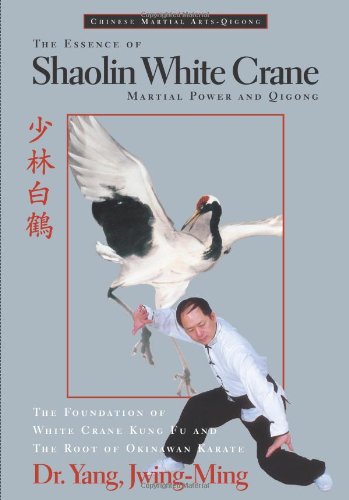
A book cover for The Essence of Shaolin White Crane--Martial Power and Qigong; Yang Jwing-Ming; Health, Fitness & Dieting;